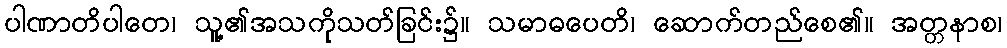
ပါဏာတိပါတေ၊ သူ့၏အသကိုသတ်ခြင်း၌။ သမာဓပေတိ၊ ဆောက်တည်စေ၏။ အတ္တနာစ၊